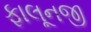
ફાલૂનજી